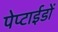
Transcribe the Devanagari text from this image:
पेप्टाईडों